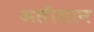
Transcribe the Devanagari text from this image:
अलीशान